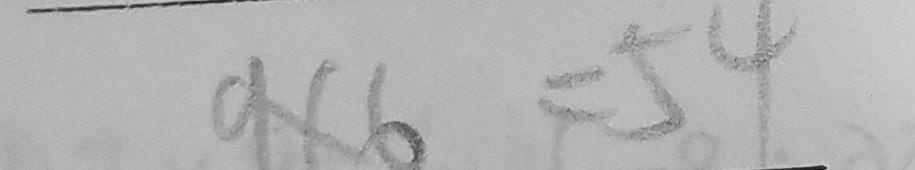
9 \times 6 = 5 4